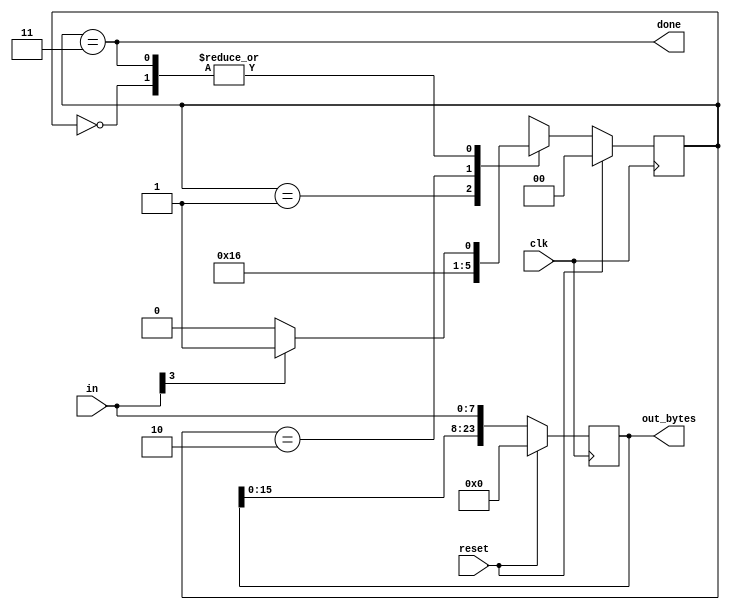
module top_module (
    input                       clk         ,
    input           [7 : 0]     in          ,
    input                       reset       ,
    output          [23 : 0]    out_bytes   ,
    output                      done
);

    parameter   IDLE    = 0,
                BYTE1   = 1,
                BYTE2   = 2,
                BYTE3   = 3;

    reg             [1 : 0] curr_state, next_state;

    always @ (posedge clk) begin
        if (reset)  curr_state <= IDLE;
        else        curr_state <= next_state;
    end

    always @ (*) begin
        case (curr_state)
            IDLE    :   next_state = in[3] ? BYTE1 : IDLE;
            BYTE1   :   next_state = BYTE2;
            BYTE2   :   next_state = BYTE3;
            BYTE3   :   next_state = in[3] ? BYTE1 : IDLE;
        endcase
    end

    always @ (posedge clk) begin
        if (reset)  out_bytes <= 'h0;
        else        out_bytes <= {out_bytes[15 : 0], in};
    end

    assign done = (curr_state == BYTE3);

endmodule